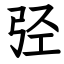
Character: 弪